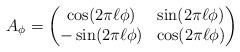
LaTeX: \begin{align*}A_\phi = \begin{pmatrix}\cos(2\pi \ell \phi)& \sin(2\pi \ell \phi)\\-\sin(2\pi \ell\phi)& \cos(2\pi \ell\phi)\end{pmatrix}\end{align*}